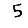
Digit: 5